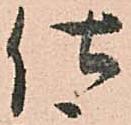
仕